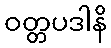
ဝတ္တပဒါနိ